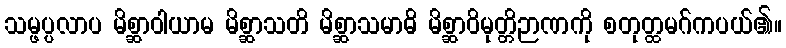
သမ္ဖပ္ပလာပ မိစ္ဆာဝါယာမ မိစ္ဆာသတိ မိစ္ဆာသမာဓိ မိစ္ဆာဝိမုတ္တိဉာဏကို စတုတ္ထမဂ်ကပယ်၏။